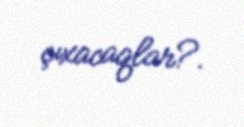
çıxacaqlar?.